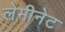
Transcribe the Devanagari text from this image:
लेमीनेट